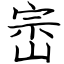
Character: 崈